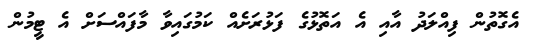
އެގޮތުން ފިއްލަދު އާއި އެ އަތޮޅުގެ ފަޅުރަށެއް ކަމުގައިވާ މާފައްސަށް އެ ޓީމުން